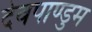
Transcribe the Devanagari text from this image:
देवपाण्डुम